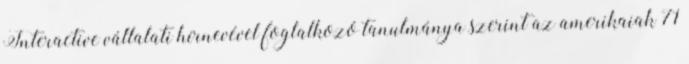
Interactive vállalati hírnevével foglalkozó tanulmánya szerint az amerikaiak 71